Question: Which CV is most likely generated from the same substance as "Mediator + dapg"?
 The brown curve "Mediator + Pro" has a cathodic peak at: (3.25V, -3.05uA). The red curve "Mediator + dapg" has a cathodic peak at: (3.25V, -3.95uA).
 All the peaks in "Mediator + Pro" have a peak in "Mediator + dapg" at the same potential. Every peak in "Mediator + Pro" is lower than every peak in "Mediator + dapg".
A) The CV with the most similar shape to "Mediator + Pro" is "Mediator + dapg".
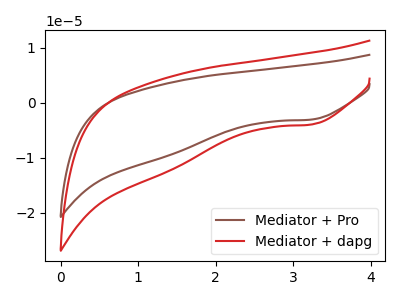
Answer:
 <answer>A) The CV with the most similar shape to "Mediator + Pro" is "Mediator + dapg".</answer>
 <eval>A</eval>